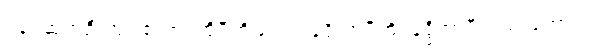
ပန၊ ဆက်ဦးအံ့။ ဧသာ၊ ထိုပီတိသည်။ ခုဒ္ဒိကာပီတိ၊ ခုဒ္ဒိကာပီလည်းကောင်း။